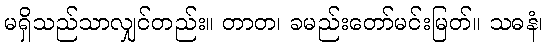
မရှိသည်သာလျှင်တည်း။ တာတ၊ ခမည်းတော်မင်းမြတ်။ သဓနံ၊